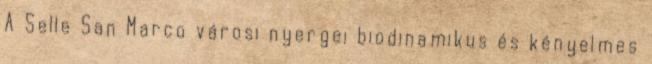
A Selle San Marco városi nyergei biodinamikus és kényelmes